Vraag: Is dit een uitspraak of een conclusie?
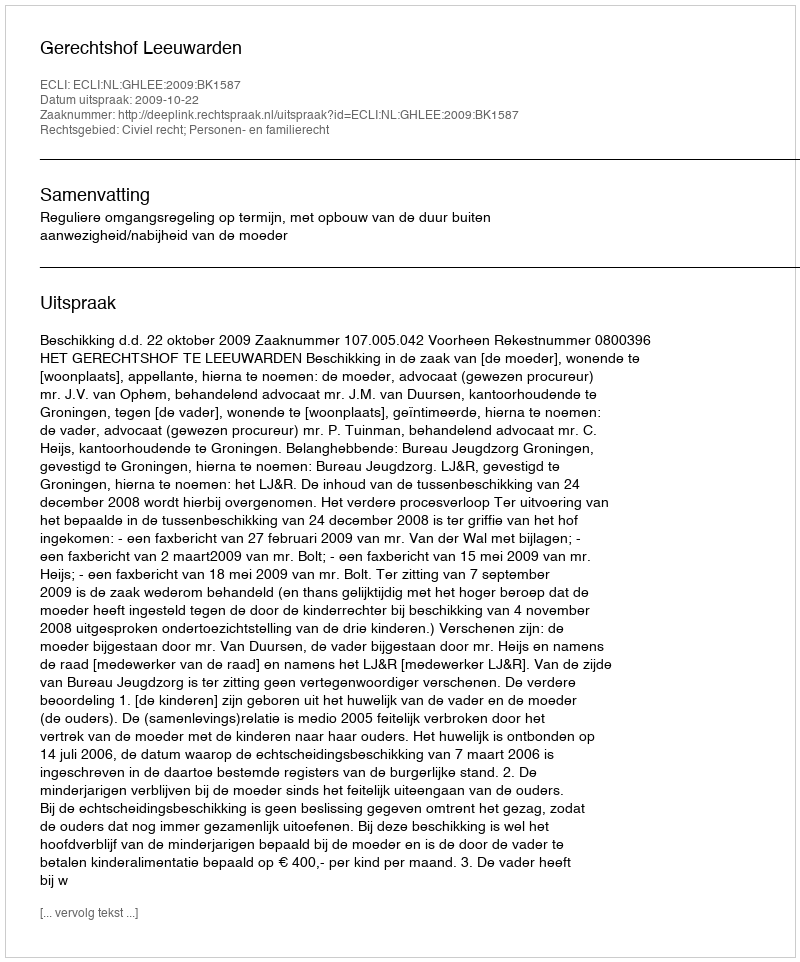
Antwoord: Uitspraak